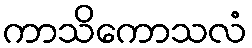
ကာသိကောသလံ